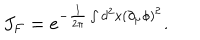
J _ { F } = e ^ { - \frac { 1 } { 2 \pi } \int d ^ { 2 } x ( \partial _ { \mu } \phi ) ^ { 2 } } .